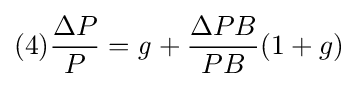
(4){\frac {\Delta P}{P}}={\mathit {g}}+{\frac {\Delta PB}{PB}}{\mathit {(}}1+g)